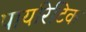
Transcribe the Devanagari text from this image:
पायरिटिक